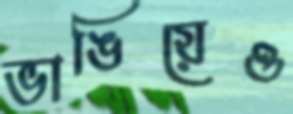
ভাঙিয়েও